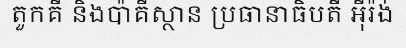
តួកគី និងប៉ាគីស្ថាន ប្រធានាធិបតី អ៊ីរ៉ង់